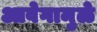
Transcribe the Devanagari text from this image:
आवेगामुळे